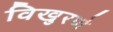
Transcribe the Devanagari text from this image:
विखुरणे